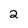
Character: 2